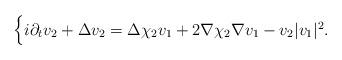
LaTeX: \begin{align*}\begin{cases}i\partial_{t}v_{2}+\Delta v_{2}=\Delta \chi_{2}v_{1}+2\nabla\chi_{2}\nabla v_{1}-v_{2}|v_{1}|^{2}.\end{cases}\end{align*}